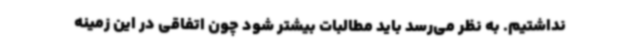
نداشتیم. به نظر می‌رسد باید مطالبات بیشتر شود چون اتفاقی در این زمینه